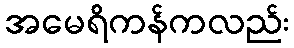
အမေရိကန်ကလည်း